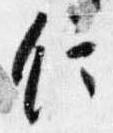
信